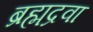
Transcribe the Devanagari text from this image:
ब्रह्मद्रवा